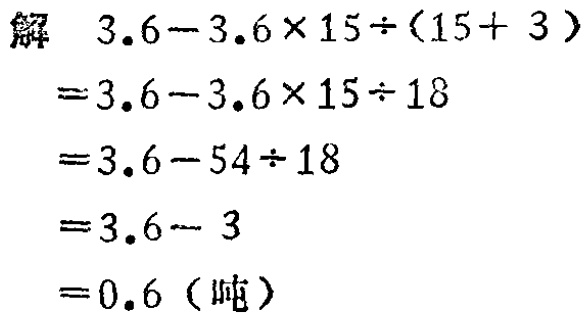
解
\[
\begin{align*}
&3.6 - 3.6\times15\div(15 + 3)\\
=&3.6 - 3.6\times15\div18\\
=&3.6 - 54\div18\\
=&3.6 - 3\\
=&0.6 \text{（吨）}
\end{align*}
\]